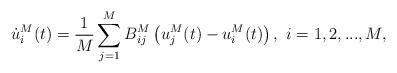
LaTeX: \begin{align*}\dot{u}^M_i(t)=\frac{1}{M} \sum_{j=1}^{M} B^M_{ij} \left( u_j^M(t) - u_i^M(t) \right),\,\,i=1,2,...,M,\end{align*}